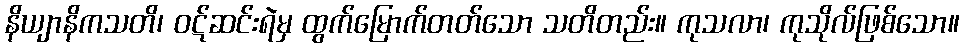
နိယျာနိကသတိ၊ ဝဋ်ဆင်းရဲမှ ထွက်မြောက်တတ်သော သတိတည်း။ ကုသလာ၊ ကုသိုလ်ဖြစ်သော။